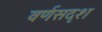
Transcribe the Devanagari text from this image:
वर्णसदृश